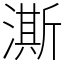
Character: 澌